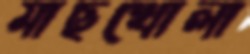
মাছখোলা